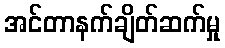
အင်တာနက်ချိတ်ဆက်မှု